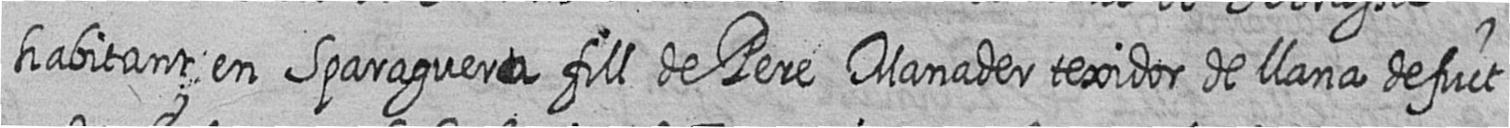
habitant en Sparaguera fill de Pere Manader texidor de llana defuct